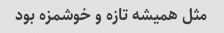
مثل همیشه تازه و خوشمزه بود